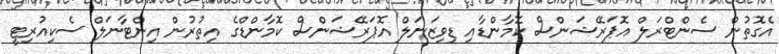
އެގޮތުން ސެންޓްރަލް އޮޕަރޭޝަންސް ކޮމާންޑާއި ޑިވިޒަނަލް އޮޕަރޭޝަންސް ކޮމާންޑްގެ އިތުރުން އިންޓާނަލް ސެކިއުރިޓީ